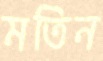
মতিন